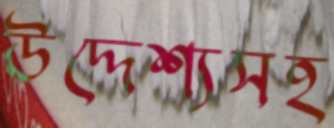
উদ্দেশ্যসহ